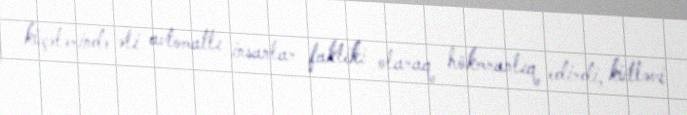
küçələrində əli avtomatlı insanlar faktiki olaraq hökmranlıq edirdi, kütləvi